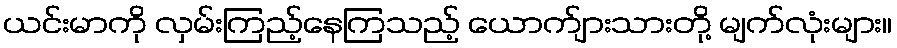
ယင်းမာကို လှမ်းကြည့်နေကြသည့် ယောက်ျားသားတို့ မျက်လုံးများ။